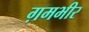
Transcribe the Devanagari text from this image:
ग़मभीर